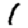
Digit: 1